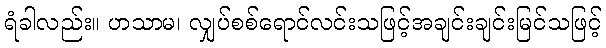
ရံခါလည်း။ ဟသာမ၊ လျှပ်စစ်ရောင်လင်းသဖြင့်အချင်းချင်းမြင်သဖြင့်